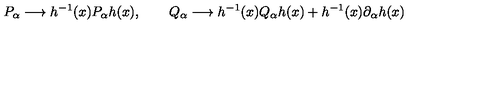
P _ { \alpha } \longrightarrow h ^ { - 1 } ( x ) P _ { \alpha } h ( x ) , \qquad Q _ { \alpha } \longrightarrow h ^ { - 1 } ( x ) Q _ { \alpha } h ( x ) + h ^ { - 1 } ( x ) \partial _ { \alpha } h ( x )